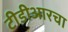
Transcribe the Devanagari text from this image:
टीडीआरचा